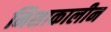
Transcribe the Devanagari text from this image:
निशाकालीन